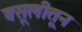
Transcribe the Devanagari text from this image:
वसूलीतून